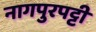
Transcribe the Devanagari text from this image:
नागपुरपट्टी